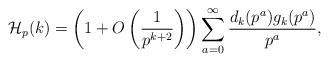
LaTeX: \begin{align*}\mathcal{H}_p(k)= \left(1 + O\left(\frac{1}{p^{k+2}}\right)\right)\sum_{a=0}^{\infty} \frac{d_k(p^a)g_k(p^a)}{p^a},\end{align*}